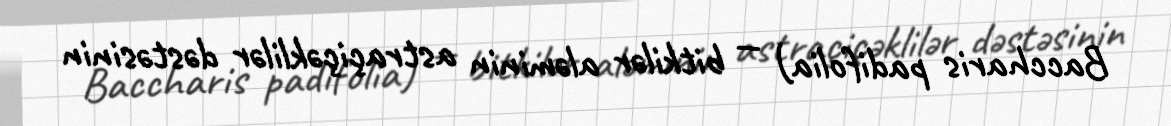
Baccharis padifolia) — bitkilər aləminin astraçiçəklilər dəstəsinin